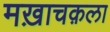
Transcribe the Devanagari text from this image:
मख़ाचक़ला